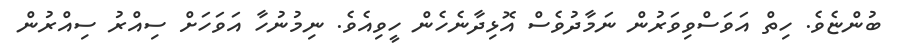
ބުންޏެވެ. ހިތް އަވަސްވިވަރުން ނަމާދުވެސް އޮޅިދާނެހެން ހީވިއެވެ. ނިމުނުހާ އަވަހަށް ސިއްރު ސިއްރުން